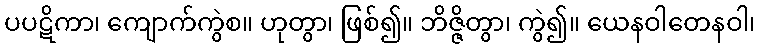
ပပဋိကာ၊ ကျောက်ကွဲစ။ ဟုတွာ၊ ဖြစ်၍။ ဘိဇ္ဇိတွာ၊ ကွဲ၍။ ယေနဝါတေနဝါ၊